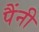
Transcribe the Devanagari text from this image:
पैंनी